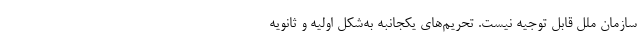
سازمان ملل قابل توجیه نیست. تحریم‌های یکجانبه به‌شکل اولیه و ثانویه